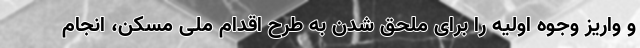
و واریز وجوه اولیه را برای ملحق شدن به طرح اقدام ملی مسکن، انجام